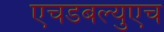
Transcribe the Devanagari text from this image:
एचडबल्युएच